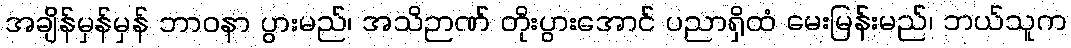
အချိန်မှန်မှန် ဘာဝနာ ပွားမည်၊ အသိဉာဏ် တိုးပွားအောင် ပညာရှိထံ မေးမြန်းမည်၊ ဘယ်သူက